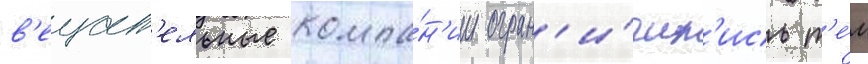
в'ещат'ельные компа́н'ии огран'и́чил'ись т'е́м